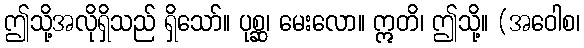
ဤသို့အလိုရှိသည် ရှိသော်။ ပုစ္ဆ၊ မေးလော။ ဣတိ၊ ဤသို့။ (အဝေါစ၊